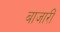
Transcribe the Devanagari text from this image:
बाजारीं